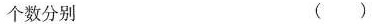
个数分别 ( )